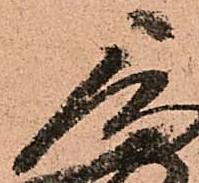
重